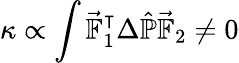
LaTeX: \kappa\propto\displaystyle\int\vec{\mathbb{F}}_{1}^{\intercal}\Delta\hat{\mathbb{P}}\vec{\mathbb{F}}_{2}\neq 0